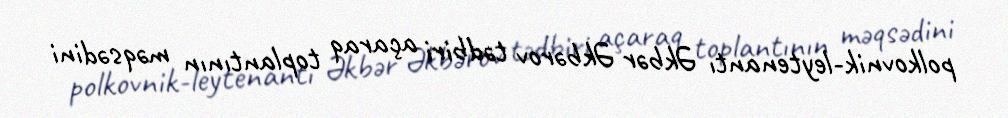
polkovnik-leytenantı Əkbər Əkbərov tədbiri açaraq toplantının məqsədini